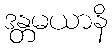
ဒန္တမယာနိ